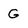
Character: G